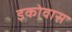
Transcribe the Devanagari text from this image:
इकोवास